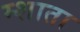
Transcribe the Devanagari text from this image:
म्शाता